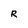
Character: R